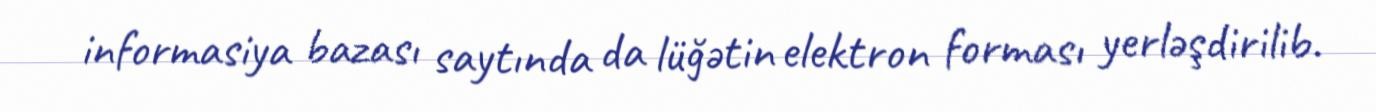
informasiya bazası saytında da lüğətin elektron forması yerləşdirilib.